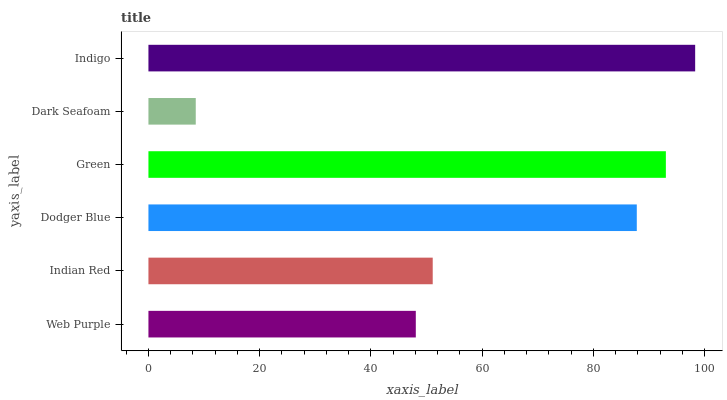
| yaxis_label | bars |
 | --- | --- |
 | Web Purple | 48.1 |
 | Indian Red | 51.1 |
 | Dodger Blue | 87.8 |
 | Green | 93 |
 | Dark Seafoam | 8.51 |
 | Indigo | 98.3 |